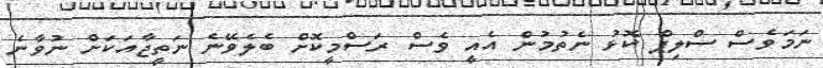
ނަމަވެސް ސްލިޕް ކޮޅު ނެތުމުން އެއީ ވެސް ރަސްމީކޮށް ބެލެވޭނެ ނަތީޖާއަކަށް ނުވާނެ